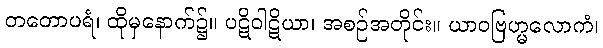
တတောပရံ၊ ထိုမှနောက်၌။ ပဋိဝါဋိယာ၊ အစဉ်အတိုင်း။ ယာဝဗြဟ္မလောကံ၊